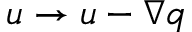
\boldsymbol { u } \to \boldsymbol { u } - \boldsymbol { \nabla } q